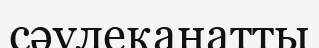
сәулеқанатты